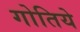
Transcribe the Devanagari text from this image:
गोतिये